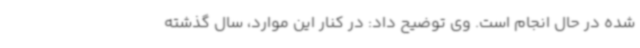
شده در حال انجام است. وی توضیح داد: در کنار این موارد، سال گذشته